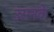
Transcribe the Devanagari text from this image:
उसनके